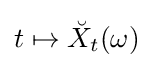
t\mapsto {\breve {X}}_{t}(\omega )